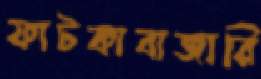
ফাটকাবাজারি